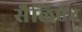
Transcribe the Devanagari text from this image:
सैलिएंट